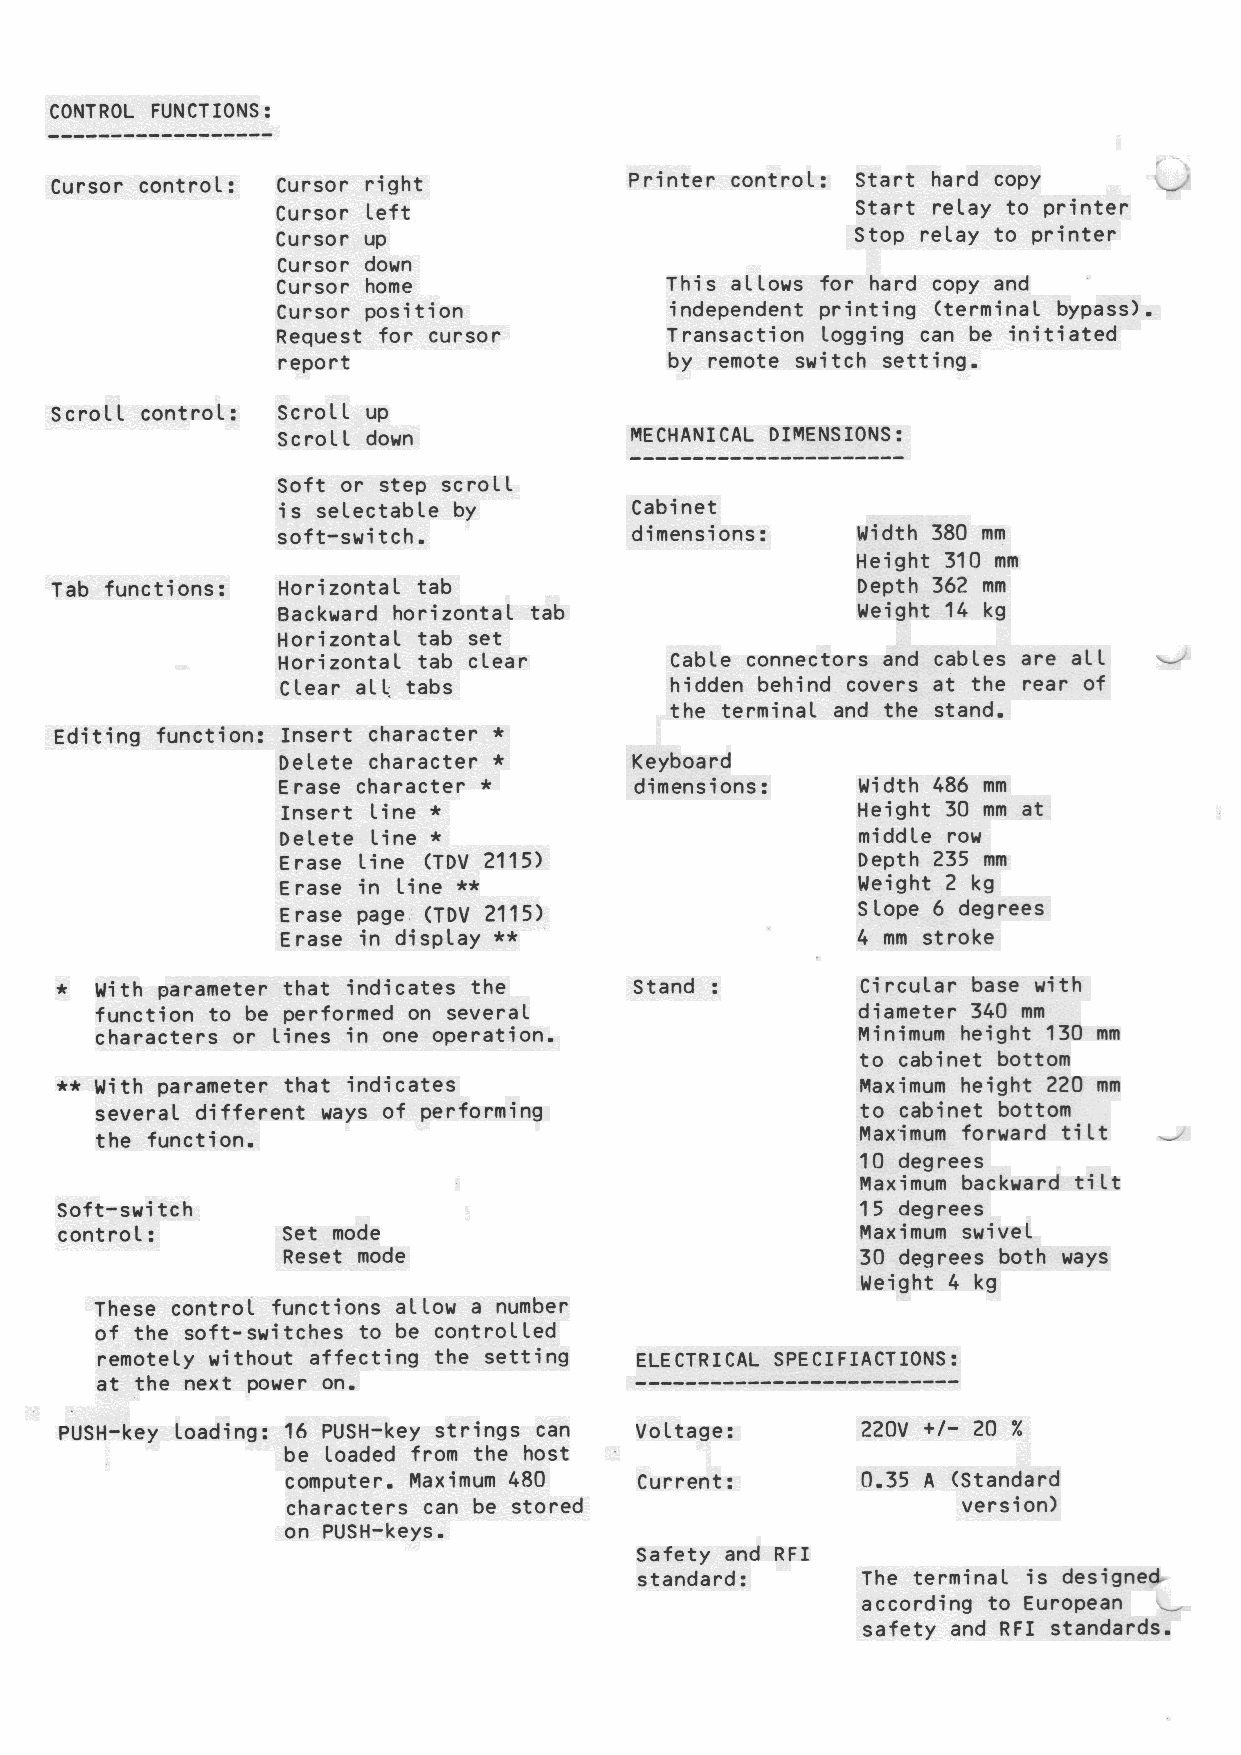
CONTROL FUNCTIONS:
 Cursor control: Cursor right           Printer control: Start hard copy 7 S’
 Cursor left                            Start relay to printer
 Cursor up                              Stop relay to printer
 Cursor down
 Cursor home               This allows for hard copy and
 Cursor position           independent printing (terminal bypass).
 Request for cursor        Transaction logging can be initiated
 report                    by remote switch setting.
 Scroll control: Scroll up
 Scroll down             MECHANICAL DIMENSIONS:
 Soft or step scroll
 is selectable by        Cabinet
 soft-switch.            dimensions:    Wwidth 380 mm
 Height 310 mm
 Tab functions: Horizontal tab                         Depth 362 mm
 Backward horizontal tab                Weight 14 kg
 Horizontal tab set
 Horizontal tab clear      Cable connectors and cables are all
 Clear all tabs           hidden behind covers at the rear of
 the terminal and the stand.
 Editing function: Insert character *
 Delete character *      Keyboard
 Erase character *       dimensions:    Width 486 mm
 Insert line *                         Height 30 mm at
 Delete Lline *                        middle row
 Erase line (TDV 2115)                 Depth 235 mm
 Erase in Lline **                     Weight 2 kg
 Erase page (TDV 2115)                 Slope 6 degrees
 Erase in display *x*                  4 mm stroke
 * With parameter that indicates the   Stand :        Circular base with
 function to be performed on several                diameter 340 mm
 characters or lines in one operation.              Minimum height 130 mm
 to cabinet bottom
 ** With parameter that indicates                     Maximum height 220 mm
 several different ways of performing               to cabinet bottom
 Maximum forward tilt
 the function.                                                          ~
 10 degrees
 Maximum backward tilt
 Soft-switch                                          15 degrees
 control:       Set mode                              Maximum swivel
 Reset mode                            30 degrees both ways
 Weight 4 kg
 These control functions allow a number
 of the soft-switches to be controlled
 remotely without affecting the setting ELECTRICAL SPECIFIACTIONS:
 at the next power on.
 PUSH-key loading: 16 PUSH-key strings can Voltage:   220V +/- 20 %
 be loaded from the host
 computer. Maximum 480  Current:       0.35 A (Standard
 characters can be stored                     version)
 on PUSH-keys.
 Safety and RFI
 standard:      The terminal is designed
 according to European
 St
 safety and RFI standards.